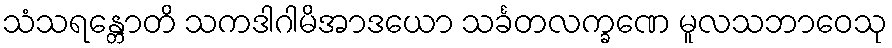
သံသရန္တောတိ သကဒါဂါမိအာဒယော သင်္ခတလက္ခဏေ မူလသဘာဝေသု